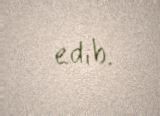
edib.